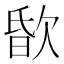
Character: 𣣏